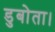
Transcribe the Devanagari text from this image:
डुबोता।